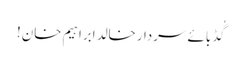
گُڈ بائے سردارخالد ابراہیم خان!